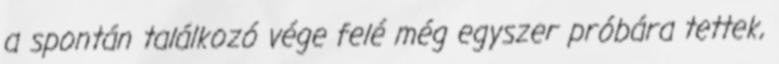
a spontán találkozó vége felé még egyszer próbára tettek,